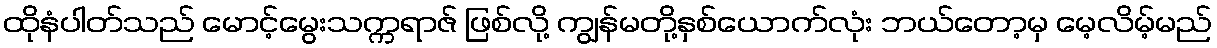
ထိုနံပါတ်သည် မောင့်မွေးသက္ကရာဇ် ဖြစ်လို့ ကျွန်မတို့နှစ်ယောက်လုံး ဘယ်တော့မှ မေ့လိမ့်မည်